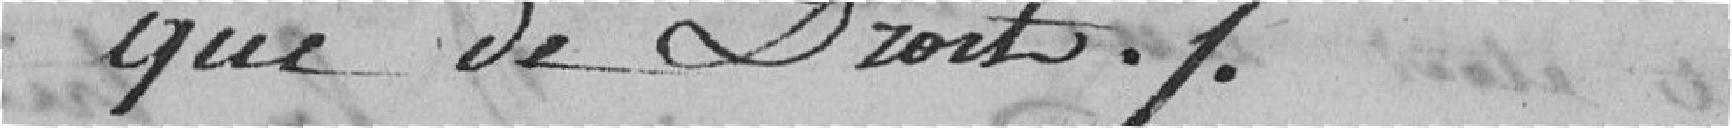
que de Droit %